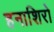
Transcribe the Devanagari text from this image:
हनाशिरो